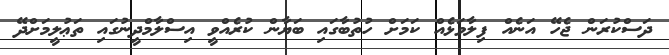
ދަސްކުރަން ޖެހޭ އަނެއް ފިލާވަޅެއް ކަމަށް ހުތުބާގައި ބަޔާން ކުރެއްވީ އިސްލާމްދީނުގައި ތަޢުލީމަށްދޭ